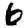
Digit: 6